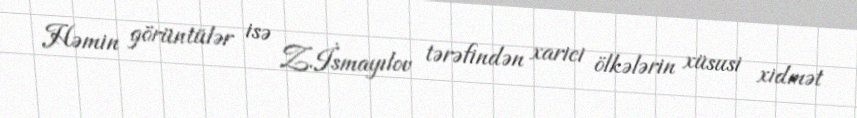
Həmin görüntülər isə Z.İsmayılov tərəfindən xarici ölkələrin xüsusi xidmət